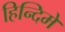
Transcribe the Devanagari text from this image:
हिन्दिमे